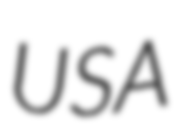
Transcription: USA